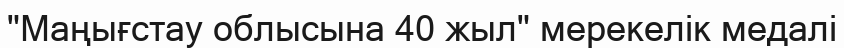
"Маңығстау облысына 40 жыл" мерекелік медалі